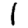
Digit: 1